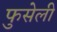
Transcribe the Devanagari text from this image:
फुसेली